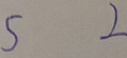
5 2